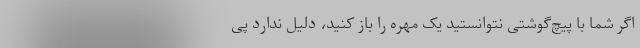
اگر شما با پیچ‌گوشتی نتوانستید یک مهره را باز کنید، دلیل ندارد پی